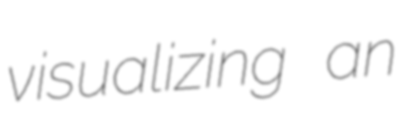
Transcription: visualizing an